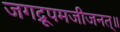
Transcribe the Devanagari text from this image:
जगद्रूपमजीजनत्॥